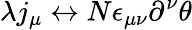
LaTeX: \lambda j_{\mu}\leftrightarrow N\epsilon_{\mu\nu}\partial^{\nu}\theta